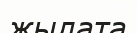
жылата